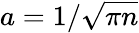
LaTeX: a=1/\sqrt{\pi n}